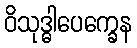
ဝိသုဒ္ဓါပေက္ခေန